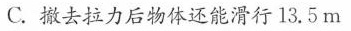
C.撤去拉力后物体还能滑行13.5m